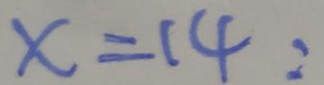
x = 1 4 :